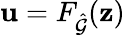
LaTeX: \mathbf{u}=F_{\hat{\mathcal{G}}}(\mathbf{z})